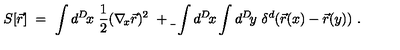
S [ \vec { r } ] \ = \ \int d ^ { D } \! x \ { \frac { 1 } { 2 } } ( \nabla _ { \! x } \vec { r } ) ^ { 2 } \ + \b \ \int d ^ { D } \! x \int d ^ { D } \! y \ \delta ^ { d } ( \vec { r } ( x ) - \vec { r } ( y ) ) \ .